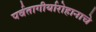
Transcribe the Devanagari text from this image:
पर्वतागीर्यारोहानाचे